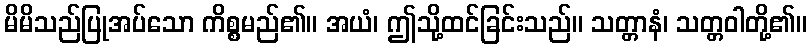
မိမိသည်ပြုအပ်သော ကိစ္စမည်၏။ အယံ၊ ဤသို့ထင်ခြင်းသည်။ သတ္တာနံ၊ သတ္တဝါတို့၏။